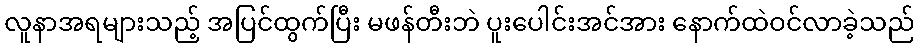
လူနာအရများသည့် အပြင်ထွက်ပြီး မဖန်တီးဘဲ ပူးပေါင်းအင်အား နောက်ထဲဝင်လာခဲ့သည်